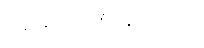
အဆိုပါအချက်ကို